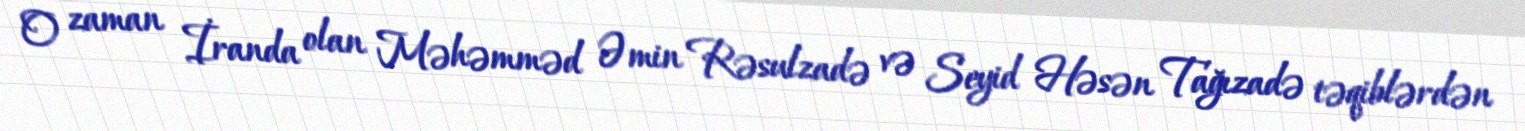
O zaman İranda olan Məhəmməd Əmin Rəsulzadə və Seyid Həsən Tağızadə təqiblərdən